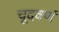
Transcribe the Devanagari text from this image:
चूदवणं